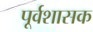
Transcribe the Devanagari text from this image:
पूर्वशासक